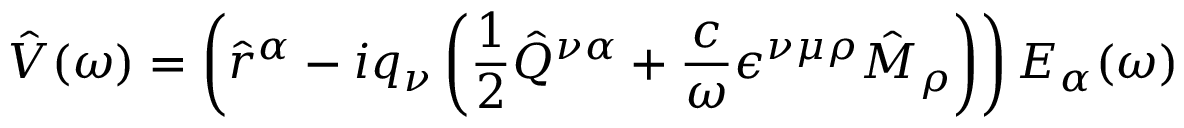
\hat { V } ( \omega ) = \left( \hat { r } ^ { \alpha } - i q _ { \nu } \left( \frac { 1 } { 2 } \hat { Q } ^ { \nu \alpha } + \frac { c } { \omega } \epsilon ^ { \nu \mu \rho } \hat { M } _ { \rho } \right) \right) E _ { \alpha } ( \omega )